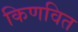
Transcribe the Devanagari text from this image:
किणवित